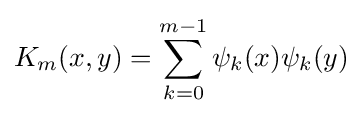
K_{m}(x,y)=\sum _{k=0}^{m-1}\psi _{k}(x)\psi _{k}(y)